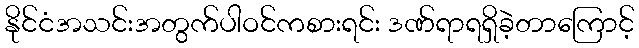
နိုင်ငံအသင်းအတွက်ပါဝင်ကစားရင်း ဒဏ်ရာရရှိခဲ့တာကြောင့်